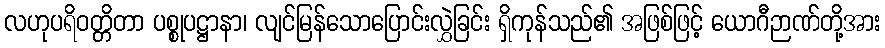
လဟုပရိဝတ္တိတာ ပစ္စုပဋ္ဌာနာ၊ လျင်မြန်သောပြောင်းလွှဲခြင်း ရှိကုန်သည်၏ အဖြစ်ဖြင့် ယောဂီဉာဏ်တို့အား